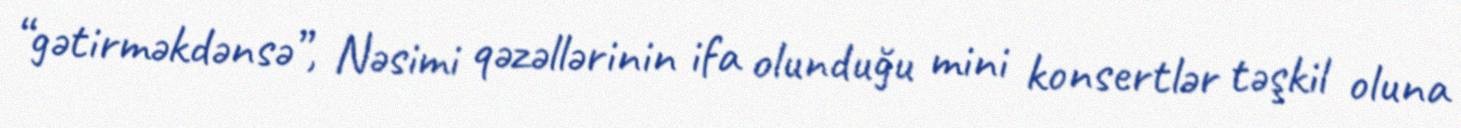
“gətirməkdənsə”, Nəsimi qəzəllərinin ifa olunduğu mini konsertlər təşkil oluna